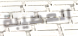
العصيبة